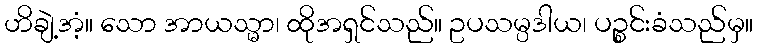
ဟိချဲ့အံ့။ သော အာယသ္မာ၊ ထိုအရှင်သည်။ ဥပသမ္ပဒါယ၊ ပဉ္စင်းခံသည်မှ။